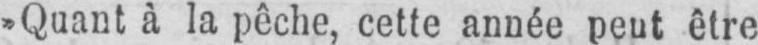
»Quant à la pêche, cette année peut être